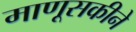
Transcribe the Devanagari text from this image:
माणूसकीने